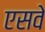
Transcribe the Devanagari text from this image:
एसवे